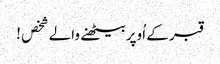
قبر کے اُوپربیٹھنے والے شخص !